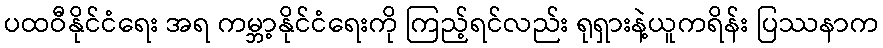
ပထဝီနိုင်ငံရေး အရ ကမ္ဘာ့နိုင်ငံရေးကို ကြည့်ရင်လည်း ရုရှားနဲ့ယူကရိန်း ပြဿနာက